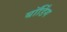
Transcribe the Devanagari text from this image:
बाॅर्डिंग